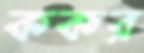
ককর